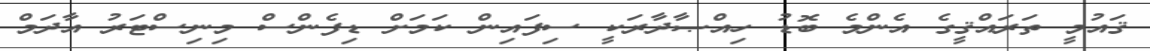
ޤައުމީ ތަރައްޤީގެ އެންމެ ބޮޑު ހިއްޞާދާރަކީ ސިފައިން ކަމަށް ޑިފެންސް މިނިސްޓަރު އާދަމް